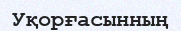
Уқорғасынның